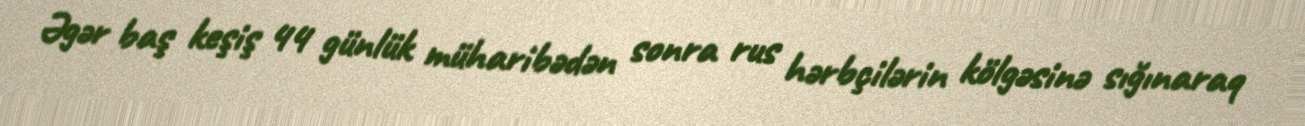
Əgər baş keşiş 44 günlük müharibədən sonra rus hərbçilərin kölgəsinə sığınaraq